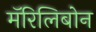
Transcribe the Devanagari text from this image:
मॅरिलिबोन